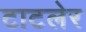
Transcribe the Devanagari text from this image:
टाटलेर